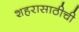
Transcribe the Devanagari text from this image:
शहरासाठीची